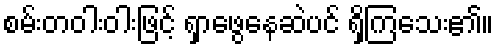
စမ်းတဝါးဝါးဖြင့် ရှာဖွေနေဆဲပင် ရှိကြသေး၏။